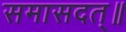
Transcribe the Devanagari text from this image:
समासदत्॥